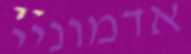
אדמוניי